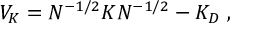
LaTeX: V _ { K } = N ^ { - 1 / 2 } K N ^ { - 1 / 2 } - K _ { D } ~ ,